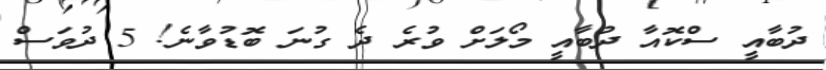
ދުބާއީ ސްކޮއާ ދުބާއީ މޯލަށް ވުރެ ދެ ގުނަ ބޮޑުވާނެ! 5 ދުވަސް